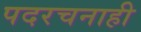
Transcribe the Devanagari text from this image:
पदरचनाही